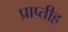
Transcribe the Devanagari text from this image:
प्राप्तीह